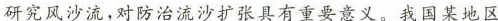
研究风沙流，对防治流沙扩张具有重要意义，我国某地区